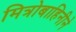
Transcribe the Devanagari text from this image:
मित्रोबाहिनीने